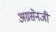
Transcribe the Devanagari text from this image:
अग्रसेनजी